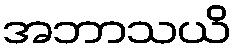
အဘာသယိ